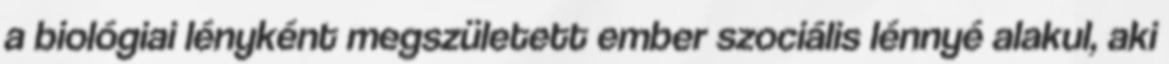
a biológiai lényként megszületett ember szociális lénnyé alakul, aki